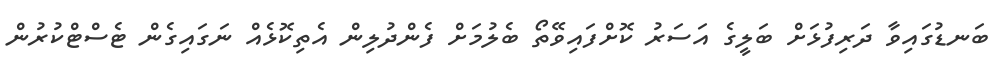
ބަނޑުގައިވާ ދަރިފުޅަށް ބަލީގެ އަސަރު ކޮށްފައިވޭތޯ ބެލުމަށް ފެންދުލިން އެތިކޮޅެއް ނަގައިގެން ޓެސްޓްކުރުން